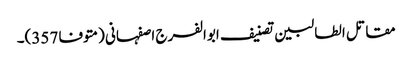
مقاتل الطالبین تصنیف ابوالفرج اصفہانی (متوفا 357)۔